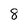
Character: 8